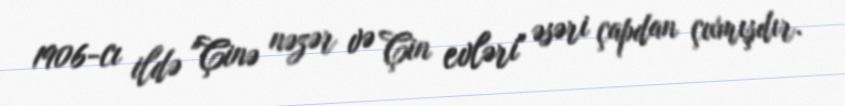
1906-cı ildə "Çinə nəzər və Çin evləri" əsəri çapdan çıxmışdır.